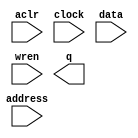
module Memory_16x256 (
	aclr,
	address,
	clock,
	data,
	wren,
	q);

	input	  aclr;
	input	[7:0]  address;
	input	  clock;
	input	[15:0]  data;
	input	  wren;
	output	[15:0]  q;
`ifndef ALTERA_RESERVED_QIS
// synopsys translate_off
`endif
	tri0	  aclr;
	tri1	  clock;
`ifndef ALTERA_RESERVED_QIS
// synopsys translate_on
`endif

endmodule